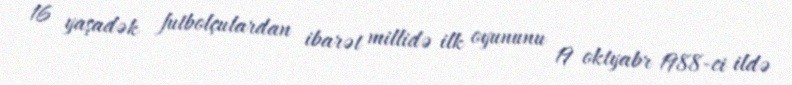
16 yaşadək futbolçulardan ibarət millidə ilk oyununu 19 oktyabr 1988-ci ildə